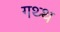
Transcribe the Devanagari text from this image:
गथ्थ